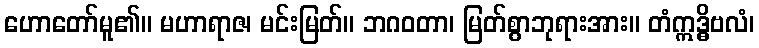
ဟောတော်မူ၏။ မဟာရာဇ၊ မင်းမြတ်။ ဘဂဝတာ၊ မြတ်စွာဘုရားအား။ တံဣဒ္ဓိဗလံ၊